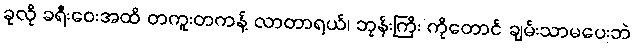
ခုလို ခရီးဝေးအထိ တကူးတကန့် လာတာရယ်၊ ဘုန်းကြီး ကိုတောင် ချမ်းသာမပေးဘဲ